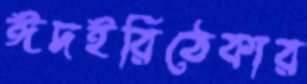
ঈদইরিঠেকার